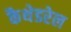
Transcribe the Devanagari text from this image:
कैथेडरेल